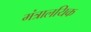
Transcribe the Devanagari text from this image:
मंत्रालयिक